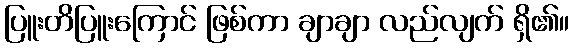
ပြူးတိပြူးကြောင် ဖြစ်ကာ ချာချာ လည်လျက် ရှိ၏။